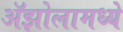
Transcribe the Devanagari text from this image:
ॲझोलामध्ये